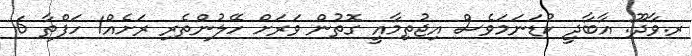
ރ.ވާދޫ: އާބާދީ ކުޑަނަމަވެސް އިޖުތިމާއީ ގޮތުން ވަރަށް ހޭލުންތެރި ރަށެއް1 ހަފްތާ 6